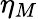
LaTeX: \eta_{M}